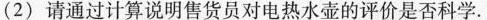
(2)请通过计算说明售货员对电热水壶的评价是否科学.